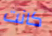
كانت